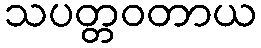
သပတ္တဝတာယ